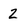
Character: 2